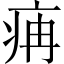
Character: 㾆